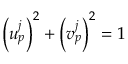
\left( u _ { p } ^ { j } \right) ^ { 2 } + \left( v _ { p } ^ { j } \right) ^ { 2 } = 1